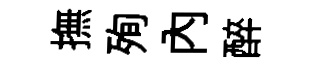
撫殉内醉